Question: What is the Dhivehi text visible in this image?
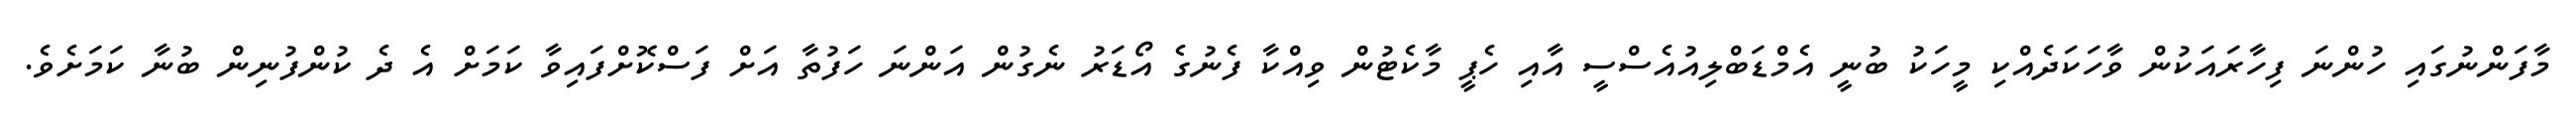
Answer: މާފަންނުގައި ހުންނަ ފިހާރައަކުން ވާހަކަދެއްކި މީހަކު ބުނީ އެމްޑަބްލިއުއެސްސީ އާއި ހެޕީ މާކެޓުން ވިއްކާ ފެނުގެ އޯޑަރު ނެގުން އަންނަ ހަފުތާ އަށް ފަސްކޮށްފައިވާ ކަމަށް އެ ދެ ކުންފުނިން ބުނާ ކަމަށެވެ.